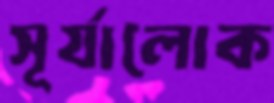
সূর্যালোক